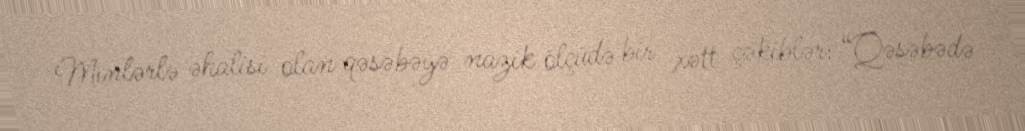
Minlərlə əhalisi olan qəsəbəyə nazik ölçüdə bir xətt çəkiblər: “Qəsəbədə